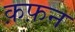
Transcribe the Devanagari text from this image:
क़फ़न